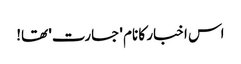
اس اخبار کا نام 'جسارت' تھا!